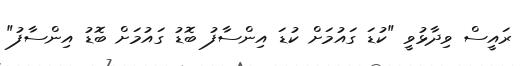
ރައީސް ވިދާޅުވީ "ކުޑަ ގައުމަށް ކުޑަ އިންސާފު ބޮޑު ގައުމަށް ބޮޑު އިންސާފު"